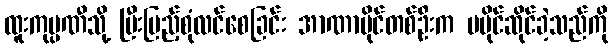
ထူးကုမ္ပဏီသို့ ပြီးပြည့်စုံလင်စေခြင်း အာဏာပိုင်တစ်ဦးက မပိုင်ဆိုင်ခဲ့သည်ကို